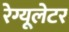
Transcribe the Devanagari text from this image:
रेग्यूलेटर